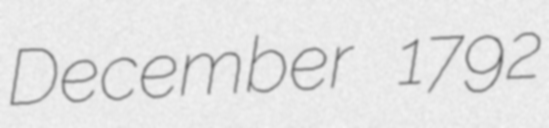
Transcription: December 1792